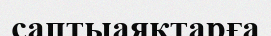
саптыаяқтарға